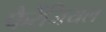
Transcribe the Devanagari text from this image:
फैरेंजियल